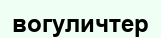
вогуличтер